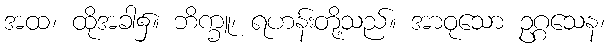
အထ၊ ထိုအခါ၌။ ဘိက္ခူ၊ ရဟန်းတို့သည်။ အာဝုသော ဥဂ္ဂသေန၊